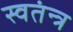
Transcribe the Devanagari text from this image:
स्वतंन्त्र